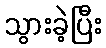
သွားခဲ့ပြီး